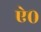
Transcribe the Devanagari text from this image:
ऐ०